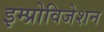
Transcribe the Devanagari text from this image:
इम्प्रोविजेशन